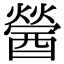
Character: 醟